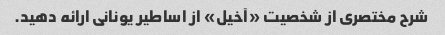
شرح مختصری از شخصیت «آخیل» از اساطیر یونانی ارائه دهید.